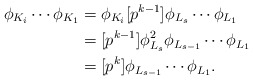
\begin{align*}\phi_{K_i}\cdots \phi_{K_1} & = \phi_{K_i}[p^{k-1}]\phi_{L_s}\cdots\phi_{L_1} \\& = [p^{k-1}]\phi_{L_s}^2\phi_{L_{s-1}}\cdots \phi_{L_1} \\& = [p^{k}]\phi_{L_{s-1}}\cdots \phi_{L_1}.\end{align*}